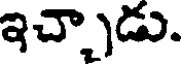
ఇచ్చాడు.